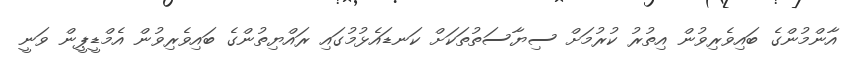
އާންމުންގެ ބައިވެރިވުން އިތުރު ކުރުމަށް ސިޔާސަތުތަކަށް ކަނޑައެޅުމުގައި ރައްޔިތުންގެ ބައިވެރިވުން އެމްޑީޕީން ވަނީ